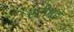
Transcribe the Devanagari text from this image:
स्टीमड